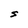
Character: S